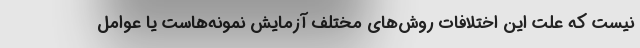
نیست که علت این اختلافات روش‌های مختلف آزمایش نمونه‌هاست یا عوامل